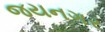
જયનગર